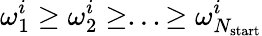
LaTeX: \omega_{1}^{i}\geq\omega_{2}^{i}\geq...\geq\omega_{N_{\mathrm{start}}}^{i}